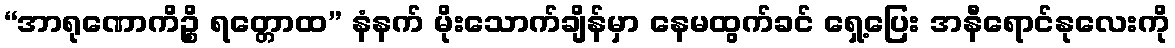
“အာရုဏောကိဉ္စိ ရတ္တောထ” နံနက် မိုးသောက်ချိန်မှာ နေမထွက်ခင် ရှေ့ပြေး အနီရောင်နုလေးကို